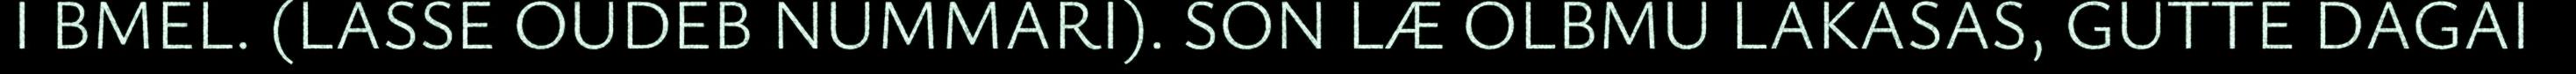
I BMEL. (LASSE OUDEB NUMMARI). SON LÆ OLBMU LAKASAS, GUTTE DAGAI